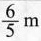
\frac{5}{6}m